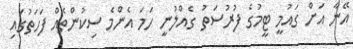
އޭނާ އަށް ގައުމީ ޓީމުގެ ފުރުސަތު ގެއްލުނީ ހަމަ އެންމެ ސިކުންތެއް ފަހަތުގައި